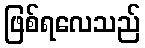
ဖြစ်ရလေသည်